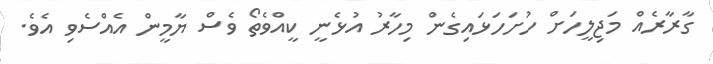
ގާރާރެއް މަޖިލީހަށް ހުށަހަޅައިގެން މިހާރު އުޅެނީ ކީއްވެތޯ ވެސް ޔާމީން އެއްސެވި އެވެ.